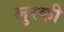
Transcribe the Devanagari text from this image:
लुरकी